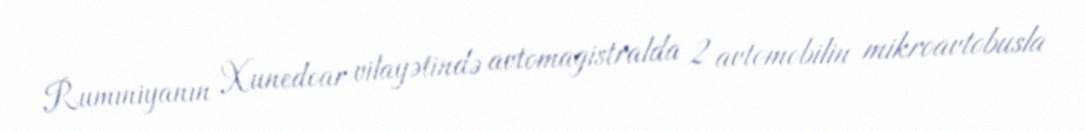
Rumıniyanın Xunedoar vilayətində avtomagistralda 2 avtomobilin mikroavtobusla